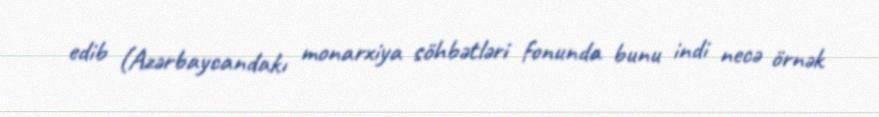
edib (Azərbaycandakı monarxiya söhbətləri fonunda bunu indi necə örnək